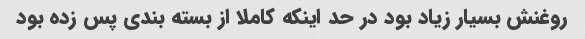
روغنش بسیار زیاد بود در حد اینکه کاملا از بسته بندی پس زده بود